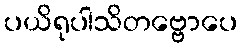
ပယိရုပါသိတဗ္ဗောပေ